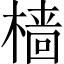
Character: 樯